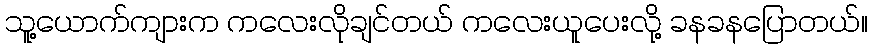
သူ့ယောက်ကျားက ကလေးလိုချင်တယ် ကလေးယူပေးလို့ ခနခနပြောတယ်။